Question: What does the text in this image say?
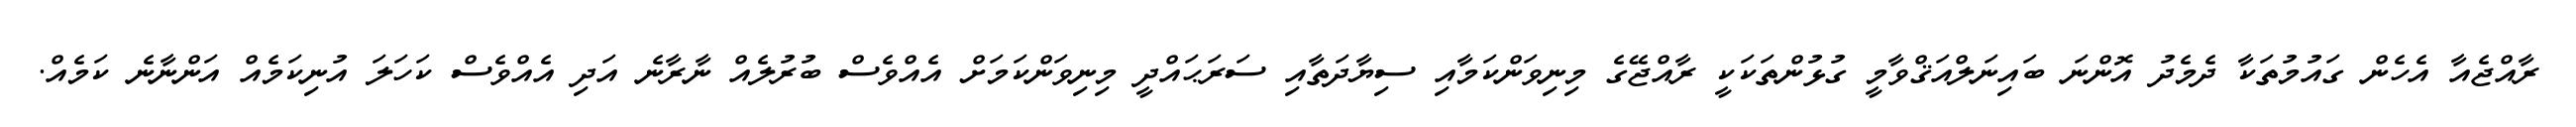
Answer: ރާއްޖެއާ އެހެން ގައުމުތަކާ ދެމެދު އޮންނަ ބައިނަލްއަޤްވާމީ ގުޅުންތަކަކީ ރާއްޖޭގެ މިނިވަންކަމާއި ސިޔާދަތާއި ސަރަޙައްދީ މިނިވަންކަމަށް އެއްވެސް ބުރުލެއް ނާރާނެ އަދި އެއްވެސް ކަހަލަ އުނިކަމެއް އަންނާނެ ކަމެއް.